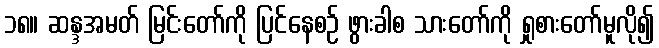
၁၈။ ဆန္ဒအမတ် မြင်းတော်ကို ပြင်နေစဉ် ဖွားခါစ သားတော်ကို ရှုစားတော်မူလို၍